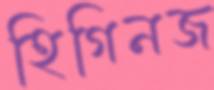
হিগিনজ